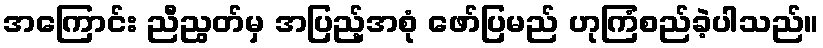
အကြောင်း ညီညွတ်မှ အပြည့်အစုံ ဖော်ပြမည် ဟုကြံစည်ခဲ့ပါသည်။